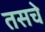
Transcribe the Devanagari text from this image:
तसचे